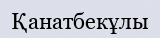
Қанатбекұлы